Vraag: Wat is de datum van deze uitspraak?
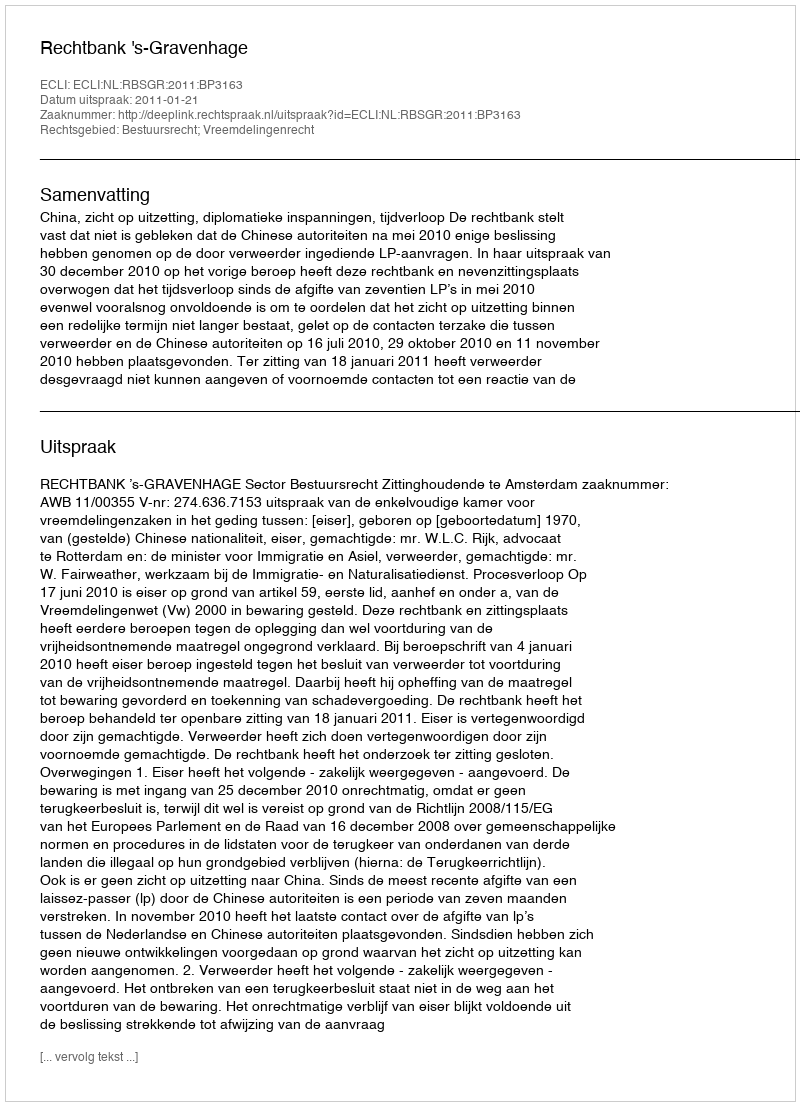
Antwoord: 2011-01-21